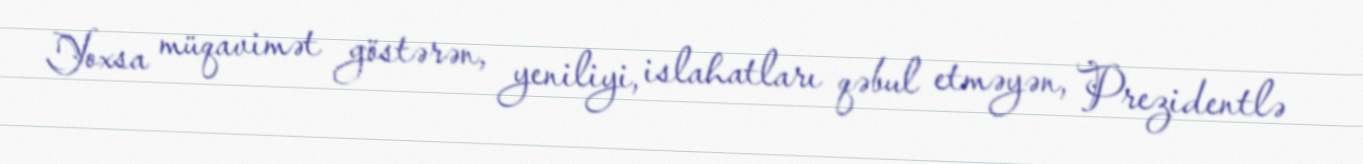
Yoxsa müqavimət göstərən, yeniliyi, islahatları qəbul etməyən, Prezidentlə